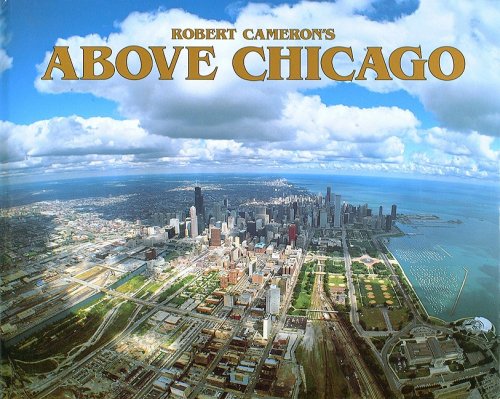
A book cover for Above Chicago; Robert Cameron; Travel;